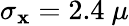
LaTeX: \sigma_{\mathbf{x}}=2.4\ \mu